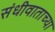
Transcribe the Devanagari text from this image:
संधीवाताच्या